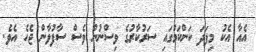
އެއާ އެކު މިފަދަ ކަންކަމުގައި ސަރުކާރުގެ ވިސްނުން ވެސް ސާފުވާން ޖެހެ އެވެ.